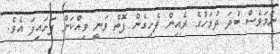
ނަމަވެސް ބުދަ ދުވަހުގެ ރެއިން ފެށިގެން ފޮތް ވަނީ ވިއްކަން ފަށައިފަ އެވެ.